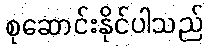
စုဆောင်းနိုင်ပါသည်